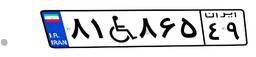
۸۱W۸۶۵۴۹